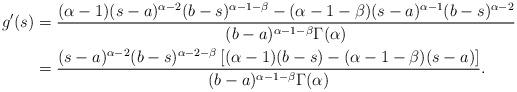
LaTeX: \begin{align*}g'(s)&=\frac{(\alpha-1)(s-a)^{\alpha-2}(b-s)^{\alpha-1-\beta}-(\alpha-1-\beta)(s-a)^{\alpha-1}(b-s)^{\alpha-2}}{(b-a)^{\alpha-1-\beta}\Gamma(\alpha)}\\&=\frac{(s-a)^{\alpha-2}(b-s)^{\alpha-2-\beta}\left[(\alpha-1)(b-s)-(\alpha-1-\beta)(s-a)\right]}{(b-a)^{\alpha-1-\beta}\Gamma(\alpha)}.\end{align*}